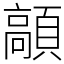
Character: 䯪